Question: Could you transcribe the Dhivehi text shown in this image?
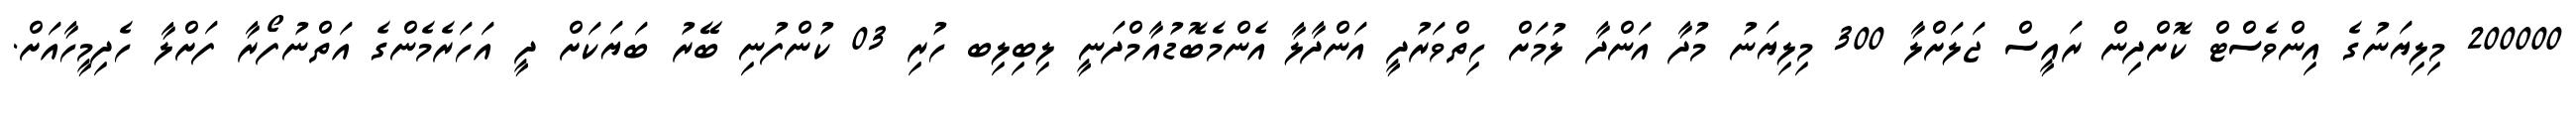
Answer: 200000 މިލިޔަނުގެ އިންވެސްޓް ކޮށްދިން ރައީސް ޖަލަށްލާ 300 މިލިޔަނު މުދާ އަންދާ ލުމަށް ހިތްވަރުދީ އަންދާލާ އެންމެބޮޑުއާމްދަނީ ލިބިލިބ ހުރި 03 ކުންފުނި ބޭރު ބަޔަކަށް ދީ އަހަރެމެންގެ އަތްނުފޯރާ ފަށްލާ ހެދިމީހާއަށް.